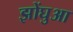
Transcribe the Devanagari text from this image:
झोंघुआ